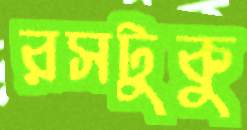
রসটুকু